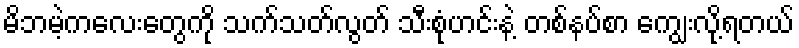
မိဘမဲ့ကလေးတွေကို သက်သတ်လွတ် သီးစုံဟင်းနဲ့ တစ်နပ်စာ ကျွေးလို့ရတယ်